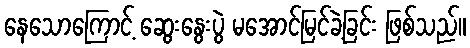
နေသောကြောင့် ဆွေးနွေးပွဲ မအောင်မြင်ခဲ့ခြင်း ဖြစ်သည်။